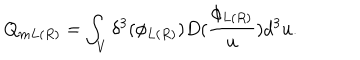
Q _ { m L ( R ) } = \int _ { V } \delta ^ { 3 } ( \phi _ { L ( R ) } ) D ( \frac { \phi _ { L ( R ) } } u ) d ^ { 3 } u .